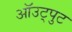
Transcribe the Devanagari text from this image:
ऑउट्पुट